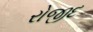
રોજીદ